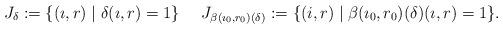
LaTeX: \begin{align*}J_{\delta}:=\{(\imath, r)\mid \delta(\imath, r)=1\}&&&J_{\beta(\imath_0, r_0)(\delta)}:=\{(i, r)\mid \beta(\imath_0, r_0)(\delta)(\imath, r)=1\}.\end{align*}